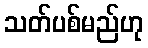
သတ်ပစ်မည်ဟု